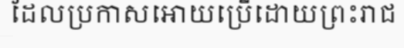
ដែលប្រកាសអោយប្រើដោយព្រះរាជ